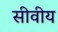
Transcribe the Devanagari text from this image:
सीवीय